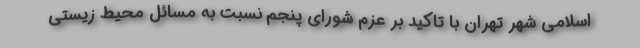
اسلامی شهر تهران با تاکید بر عزم شورای پنجم نسبت به مسائل محیط زیستی